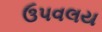
ઉપવલય